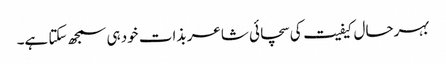
بہرحال کیفیت کی سچائی شاعر بذات خود ہی سمجھ سکتا ہے۔